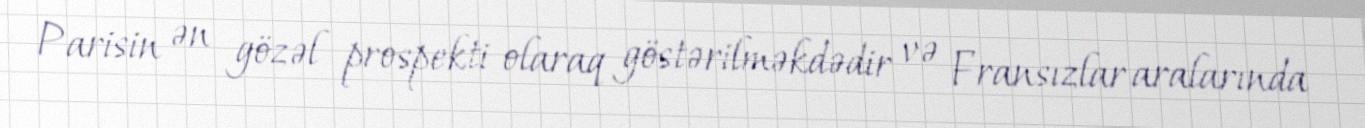
Parisin ən gözəl prospekti olaraq göstərilməkdədir və Fransızlar aralarında